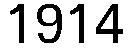
1914